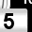
Digit: 5